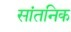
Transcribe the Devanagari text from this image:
सांतनिक